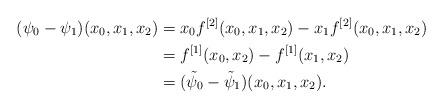
LaTeX: \begin{align*}(\psi_0-\psi_1)(x_0,x_1,x_2)&=x_0 f^{[2]}(x_0,x_1,x_2)-x_1f^{[2]}(x_0,x_1,x_2) \\&=f^{[1]}(x_0,x_2)- f^{[1]}(x_1,x_2)\\&=(\tilde\psi_0-\tilde\psi_1)(x_0,x_1,x_2).\end{align*}